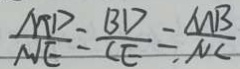
\frac { M D } { N E } = \frac { B D } { C E } = \frac { M B } { N C }